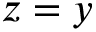
z = y